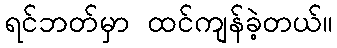
ရင်ဘတ်မှာ ထင်ကျန်ခဲ့တယ်။